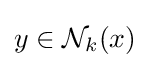
y\in {\mathcal {N}}_{k}(x)